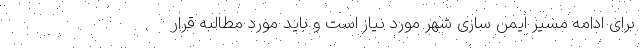
برای ادامه مسیر ایمن سازی شهر مورد نیاز است و باید مورد مطالبه قرار